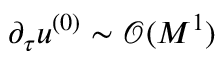
\partial _ { \tau } \ensuremath { u ^ { ( 0 ) } } \sim \ensuremath { \mathcal { O } ( M ^ { \- 1 } ) }